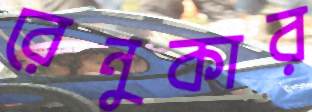
রেনুকার